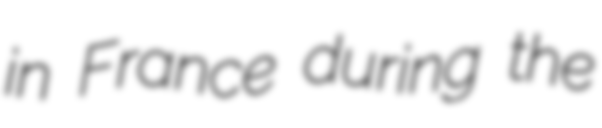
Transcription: in France during the